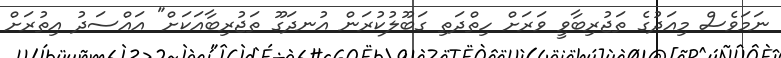
ނަމަވެސް މިއަދުގެ ތަޖުރިބާވީ ވަރަށް ހިތްދަތި ގަބޫލުކުރަން އުނދަގޫ ތަޖުރިބާއަކަށް" އައްސަދު އިތުރަށް